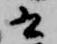
云